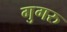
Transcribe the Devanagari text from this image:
गुगरु